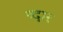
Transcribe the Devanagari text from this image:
व्दार